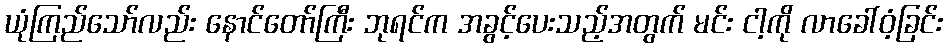
ယုံကြည်သော်လည်း နောင်တော်ကြီး ဘုရင်က အခွင့်ပေးသည့်အတွက် မင်း ငါ့ကို လာခေါ်ဝံ့ခြင်း